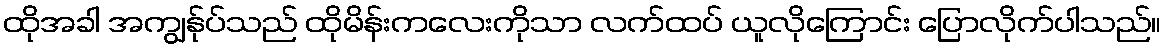
ထိုအခါ အကျွန်ုပ်သည် ထိုမိန်းကလေးကိုသာ လက်ထပ် ယူလိုကြောင်း ပြောလိုက်ပါသည်။